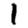
Digit: 1